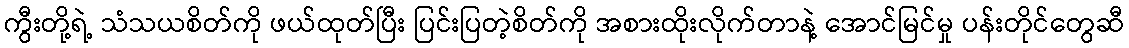
ကွီးတို့ရဲ့ သံသယစိတ်ကို ဖယ်ထုတ်ပြီး ပြင်းပြတဲ့စိတ်ကို အစားထိုးလိုက်တာနဲ့ အောင်မြင်မှု ပန်းတိုင်တွေဆီ